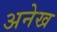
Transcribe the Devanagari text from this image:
अनेख